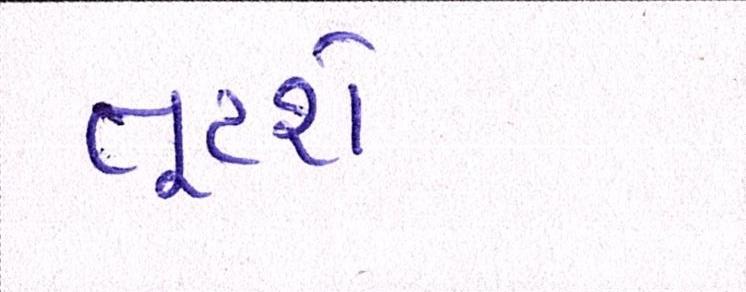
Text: તૂટશે